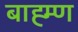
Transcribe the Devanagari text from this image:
बाह्म्ण